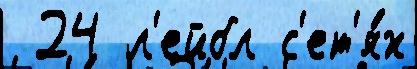
 24 л'ейбл с'ет'я́х